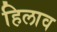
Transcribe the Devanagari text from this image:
हिलाव